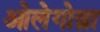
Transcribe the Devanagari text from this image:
ओलेगोव्ना